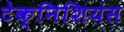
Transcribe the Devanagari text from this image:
टेक्निशियंस